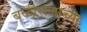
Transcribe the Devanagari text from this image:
बळीराजाच्या